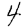
Digit: 4